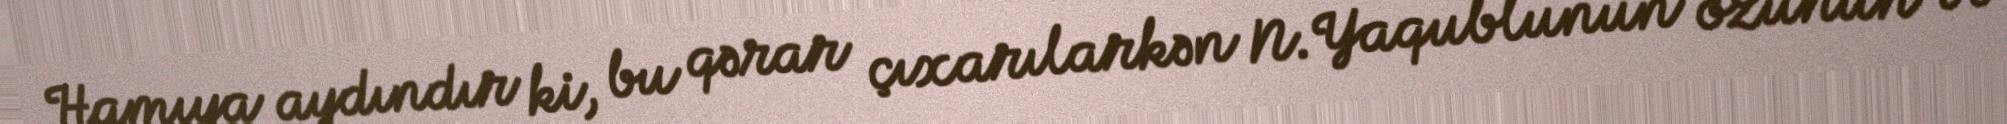
Hamıya aydındır ki, bu qərar çıxarılarkən N.Yaqublunun özünün və